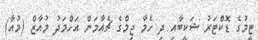
ޓީމުގެ ޑޮކްޓަރު ޝަކީބާއި ދި ހެމާ ޖިމްގެ ޗެއާމަން އަހްމަދު މުއާޒް (މުއާ)